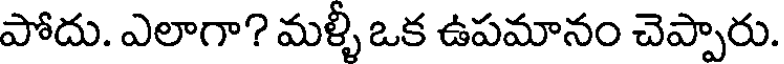
పోదు. ఎలాగా? మళ్ళీ ఒక ఉపమానం చెప్పారు.